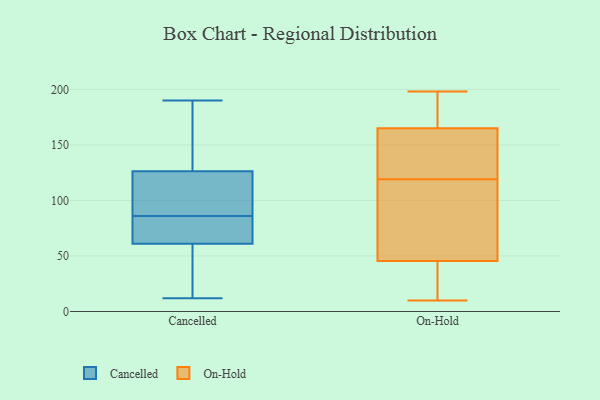
{"axis": {"x": "Bounce Rate (%)", "y": "Value"}, "legend": ["Cancelled", "On-Hold"], "data": [{"x": "", "y": 43, "type": "Cancelled"}, {"x": "", "y": 190, "type": "Cancelled"}, {"x": "", "y": 174, "type": "Cancelled"}, {"x": "", "y": 73, "type": "Cancelled"}, {"x": "", "y": 86, "type": "Cancelled"}, {"x": "", "y": 18, "type": "Cancelled"}, {"x": "", "y": 67, "type": "Cancelled"}, {"x": "", "y": 105, "type": "Cancelled"}, {"x": "", "y": 174, "type": "Cancelled"}, {"x": "", "y": 85, "type": "Cancelled"}, {"x": "", "y": 29, "type": "Cancelled"}, {"x": "", "y": 112, "type": "Cancelled"}, {"x": "", "y": 106, "type": "Cancelled"}, {"x": "", "y": 73, "type": "Cancelled"}, {"x": "", "y": 12, "type": "Cancelled"}, {"x": "", "y": 117, "type": "Cancelled"}, {"x": "", "y": 154, "type": "Cancelled"}, {"x": "", "y": 168, "type": "On-Hold"}, {"x": "", "y": 30, "type": "On-Hold"}, {"x": "", "y": 88, "type": "On-Hold"}, {"x": "", "y": 158, "type": "On-Hold"}, {"x": "", "y": 15, "type": "On-Hold"}, {"x": "", "y": 132, "type": "On-Hold"}, {"x": "", "y": 159, "type": "On-Hold"}, {"x": "", "y": 10, "type": "On-Hold"}, {"x": "", "y": 56, "type": "On-Hold"}, {"x": "", "y": 99, "type": "On-Hold"}, {"x": "", "y": 195, "type": "On-Hold"}, {"x": "", "y": 119, "type": "On-Hold"}, {"x": "", "y": 138, "type": "On-Hold"}, {"x": "", "y": 47, "type": "On-Hold"}, {"x": "", "y": 45, "type": "On-Hold"}, {"x": "", "y": 198, "type": "On-Hold"}, {"x": "", "y": 193, "type": "On-Hold"}, {"x": "", "y": 167, "type": "On-Hold"}, {"x": "", "y": 12, "type": "On-Hold"}]}